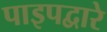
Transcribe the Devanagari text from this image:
पाइपद्वारे